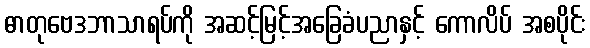
ဓာတုဗေဒဘာသာရပ်ကို အဆင့်မြင့်အခြေခံပညာနှင့် ကောလိပ် အစပိုင်း